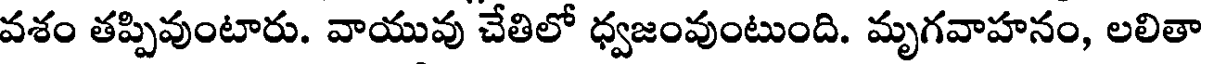
వశం తప్పివుంటారు. వాయువు చేతిలో ధ్వజంవుంటుంది. మృగవాహనం, లలితా